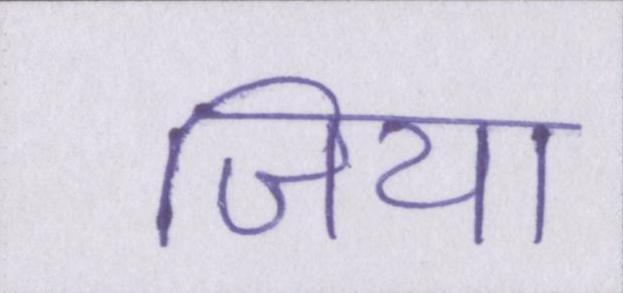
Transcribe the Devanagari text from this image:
जिया